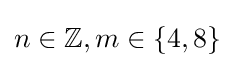
n\in \mathbb {Z} ,m\in \{4,8\}